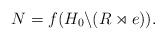
LaTeX: \begin{align*} N = f(H_0\backslash (R \rtimes e)). \end{align*}